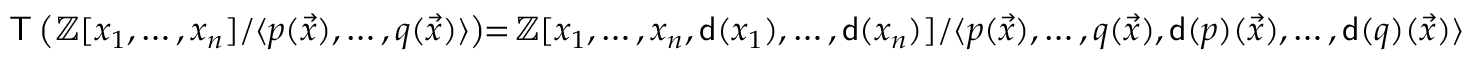
\mathsf { T } \left( \mathbb { Z } [ x _ { 1 } , \hdots , x _ { n } ] / \langle p ( \vec { x } ) , \hdots , q ( \vec { x } ) \rangle \right) \! \! = \! \mathbb { Z } [ x _ { 1 } , \hdots , x _ { n } , \mathsf { d } ( x _ { 1 } ) , \hdots , \mathsf { d } ( x _ { n } ) ] / \langle p ( \vec { x } ) , \hdots , q ( \vec { x } ) , \mathsf { d } ( p ) ( \vec { x } ) , \hdots , \mathsf { d } ( q ) ( \vec { x } ) \rangle